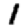
Digit: 1